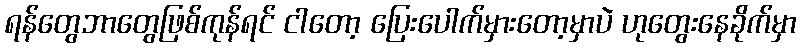
ရန်တွေဘာတွေဖြစ်ကုန်ရင် ငါတော့ ပြေးပေါက်မှားတော့မှာပဲ ဟုတွေးနေခိုက်မှာ